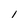
Character: 1